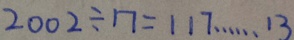
2 0 0 2 \div 1 7 = 1 1 7 \cdots 1 3